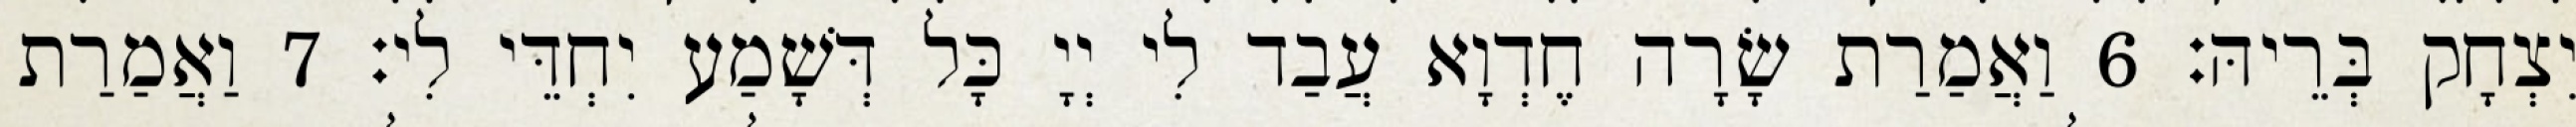
יִצְחָק בְּרֵיהּ׃ 6 וַאֲמַרַת שָׂרָה חֶדְוָא עֲבַד לִי יְיָ כָּל דְּשָׁמַע יִחְדֵּי לִי׃ 7 וַאֲמַרַת